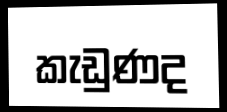
කැඩුණද